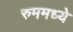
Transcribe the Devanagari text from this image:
रुममध्ये